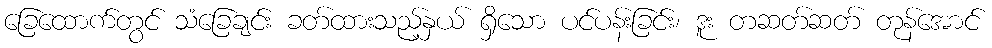
ခြေထောက်တွင် သံခြေချင်း ခတ်ထားသည့်နှယ် ရှိသော ပင်ပန်းခြင်း၊ ဒူး တဆတ်ဆတ် တုန်အောင်